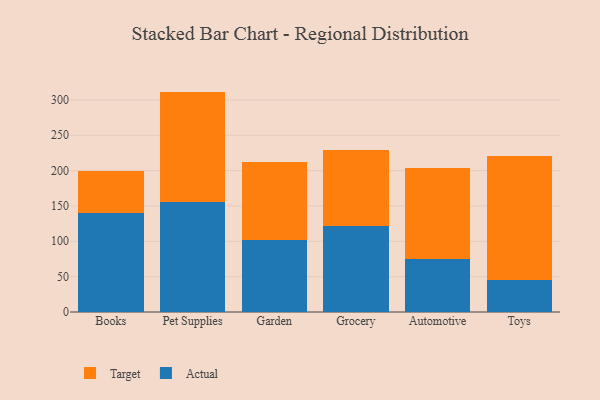
{"axis": {"x": "Category", "y": "Humidity (%)"}, "legend": ["Actual", "Target"], "data": [{"x": "Books", "y": 139.6, "type": "Actual"}, {"x": "Books", "y": 59.7, "type": "Target"}, {"x": "Pet Supplies", "y": 155.6, "type": "Actual"}, {"x": "Pet Supplies", "y": 156.1, "type": "Target"}, {"x": "Garden", "y": 102.3, "type": "Actual"}, {"x": "Garden", "y": 109.6, "type": "Target"}, {"x": "Grocery", "y": 121.1, "type": "Actual"}, {"x": "Grocery", "y": 108.6, "type": "Target"}, {"x": "Automotive", "y": 74.9, "type": "Actual"}, {"x": "Automotive", "y": 128.5, "type": "Target"}, {"x": "Toys", "y": 45.8, "type": "Actual"}, {"x": "Toys", "y": 174.8, "type": "Target"}]}